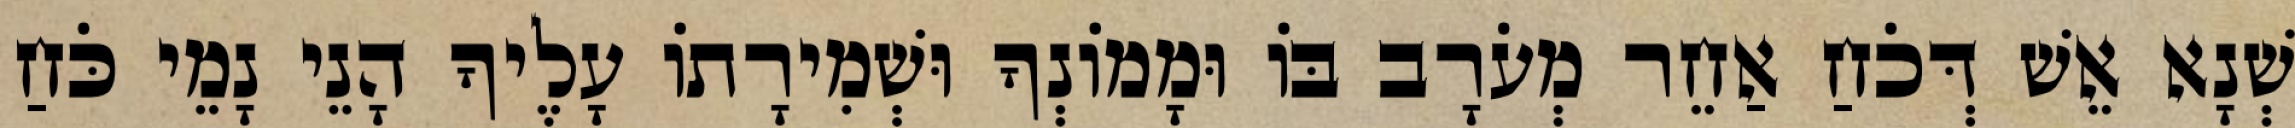
שְׁנָא אֵשׁ דְּכֹחַ אַחֵר מְעֹרָב בּוֹ וּמָמוֹנְךָ וּשְׁמִירָתוֹ עָלֶיךָ הָנֵי נָמֵי כֹּחַ